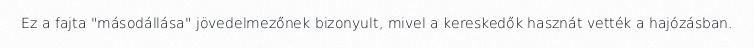
Ez a fajta "másodállása" jövedelmezőnek bizonyult, mivel a kereskedők hasznát vették a hajózásban.